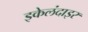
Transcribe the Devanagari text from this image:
इकेलंदाइर